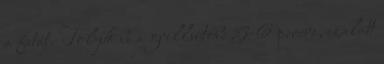
a fetát. Toljuk be a grillsütőbe 5-6 percre, ezalatt